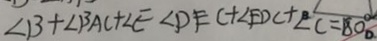
\angle B + \angle B A C + \angle E \angle D E C + \angle E D C + \angle C = 1 8 0 ^ { \circ } 。